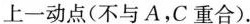
上一动点(不与A，C重合).